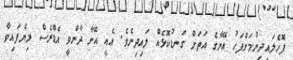
ފޮހެލައިދިނުމަށްފަހު އޭނާގެ އަތަށް ގަނޑުކޮޅެއް ލައިދިނެވެ. އެއީ އޭނާ ދާންވީ އެޑްރެސް ލިޔެފައިވާ